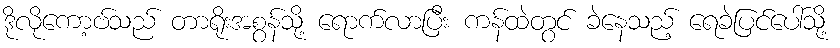
ဒိုလိုကော့ဗ်သည် တာရိုးအစွန်သို့ ရောက်လာပြီး ကန်ထဲတွင် ခဲနေသည့် ရေခဲပြင်ပေါ်သို့